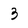
Character: 3